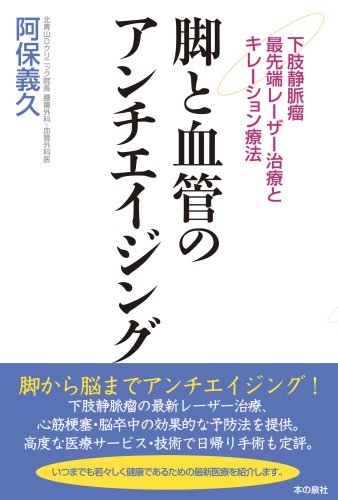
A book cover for Chelation therapy and varicose veins state-of-the-art laser treatment - anti-aging and vascular leg (2006) ISBN: 4880239542 [Japanese Import]; Health, Fitness & Dieting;